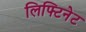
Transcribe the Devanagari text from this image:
लिफ्टिनेट